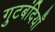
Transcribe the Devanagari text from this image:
गुटबंदियाँ